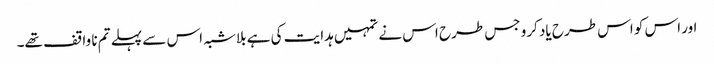
اور اس کو اس طرح یاد کرو جس طرح اس نے تمہیں ہدایت کی ہے بلاشبہ اس سے پہلے تم نا واقف تھے۔